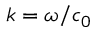
k = \omega / c _ { 0 }